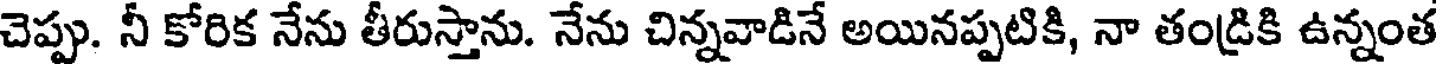
చెప్పు. నీ కోరిక నేను తీరుస్తాను. నేను చిన్నవాడినే అయినప్పటికి, నా తండ్రికి ఉన్నంత